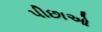
પીછાઓ